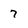
Character: 7